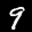
Label: 9